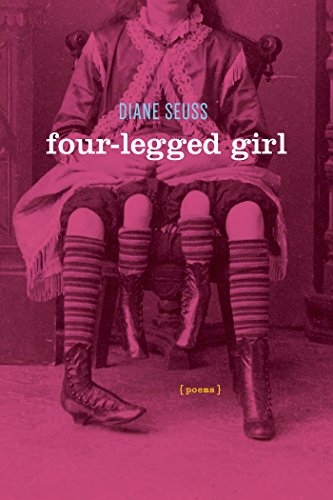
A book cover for Four-Legged Girl: Poems; Diane Seuss; Literature & Fiction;